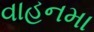
વાહનમા